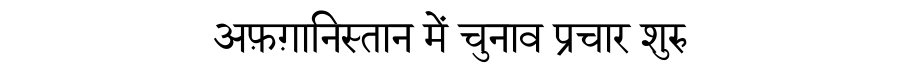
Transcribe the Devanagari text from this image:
अफ़ग़ानिस्तान में चुनाव प्रचार शुरु